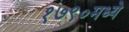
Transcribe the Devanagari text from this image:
१७९०मध्ये